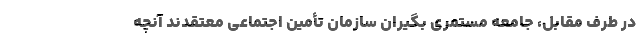
در طرف مقابل، جامعه مستمری بگیران سازمان تأمین اجتماعی معتقدند آنچه